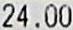
24.00